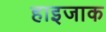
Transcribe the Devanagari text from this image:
हाइजाक